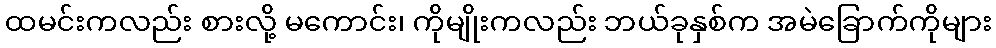
ထမင်းကလည်း စားလို့ မကောင်း၊ ကိုမျိုးကလည်း ဘယ်ခုနှစ်က အမဲခြောက်ကိုများ